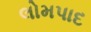
લોમપાદ